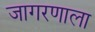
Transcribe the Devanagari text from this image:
जागरणाला